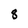
Character: 8